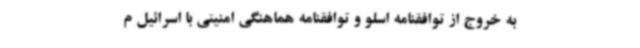
به خروج از توافقنامه اسلو و توافقنامه هماهنگی امنیتی با اسرائیل م